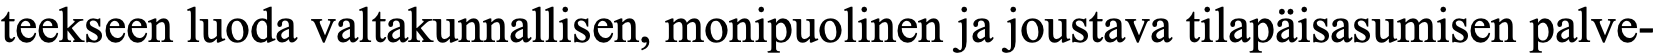
teekseen luoda valtakunnallisen, monipuolinen ja joustava tilapäisasumisen palve-